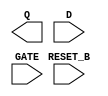
/**
 * Copyright 2020 The SkyWater PDK Authors
 *
 * Licensed under the Apache License, Version 2.0 (the "License");
 * you may not use this file except in compliance with the License.
 * You may obtain a copy of the License at
 *
 *     https://www.apache.org/licenses/LICENSE-2.0
 *
 * Unless required by applicable law or agreed to in writing, software
 * distributed under the License is distributed on an "AS IS" BASIS,
 * WITHOUT WARRANTIES OR CONDITIONS OF ANY KIND, either express or implied.
 * See the License for the specific language governing permissions and
 * limitations under the License.
 *
 * SPDX-License-Identifier: Apache-2.0
 */

`ifndef SKY130_FD_SC_HVL__DLRTP_BLACKBOX_V
`define SKY130_FD_SC_HVL__DLRTP_BLACKBOX_V

/**
 * dlrtp: Delay latch, inverted reset, non-inverted enable,
 *        single output.
 *
 * Verilog stub definition (black box without power pins).
 *
 * WARNING: This file is autogenerated, do not modify directly!
 */

`timescale 1ns / 1ps
`default_nettype none

(* blackbox *)
module sky130_fd_sc_hvl__dlrtp (
    Q      ,
    RESET_B,
    D      ,
    GATE
);

    output Q      ;
    input  RESET_B;
    input  D      ;
    input  GATE   ;

    // Voltage supply signals
    supply1 VPWR;
    supply0 VGND;
    supply1 VPB ;
    supply0 VNB ;

endmodule

`default_nettype wire
`endif  // SKY130_FD_SC_HVL__DLRTP_BLACKBOX_V